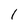
Character: 1